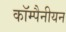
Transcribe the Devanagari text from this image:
कॉम्पैनीयन